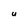
Character: U